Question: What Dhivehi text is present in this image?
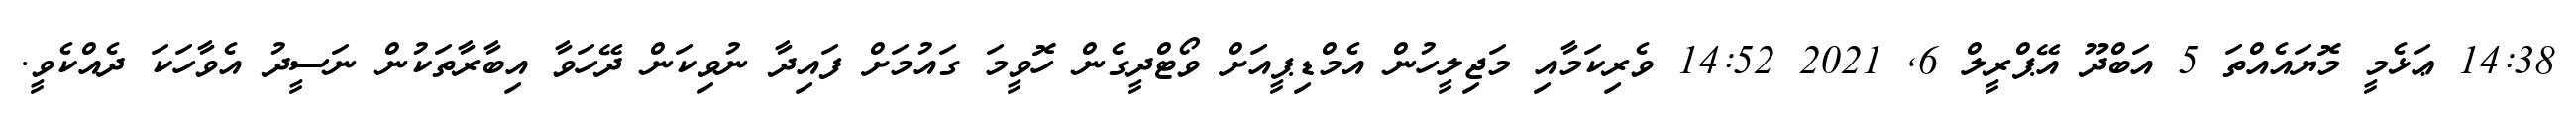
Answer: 14:38 ޢަޅެމީ މޮޔައެއްތަ 5 އަބްދޫ އޭޕްރީލް 6, 2021 14:52 ވެރިކަމާއި މަޖިލީހުން އެމްޑިޕީއަށް ވޯޓްދީގެން ހޮވީމަ ގައުމަށް ފައިދާ ނުވިކަން ދޭހަވާ އިބާރާތަކުން ނަސީދު އެވާހަކަ ދެއްކެވީ.